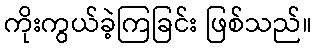
ကိုးကွယ်ခဲ့ကြခြင်း ဖြစ်သည်။